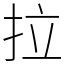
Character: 拉